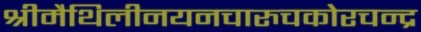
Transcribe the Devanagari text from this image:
श्रीमैथिलीनयनचारुचकोरचन्द्र